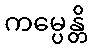
ကမ္ပေန္တိ